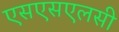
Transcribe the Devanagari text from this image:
एसएसएलसी